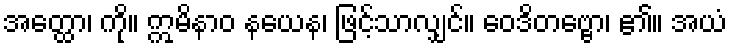
အတ္ထော၊ ကို။ ဣမိနာဝ နယေန၊ ဖြင့်သာလျှင်။ ဝေဒိတဗ္ဗော၊ ၏။ အယံ